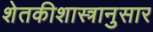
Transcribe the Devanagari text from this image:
शेतकीशास्त्रानुसार